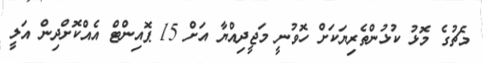
މެޗުގެ މޮޅު ކުޅުންތެރިޔަކަށް ހޮވުނީ މަޖީދިއްޔާ އަށް 15 ޕޮއިންޓް އެއްކޮށްދިން އަލީ